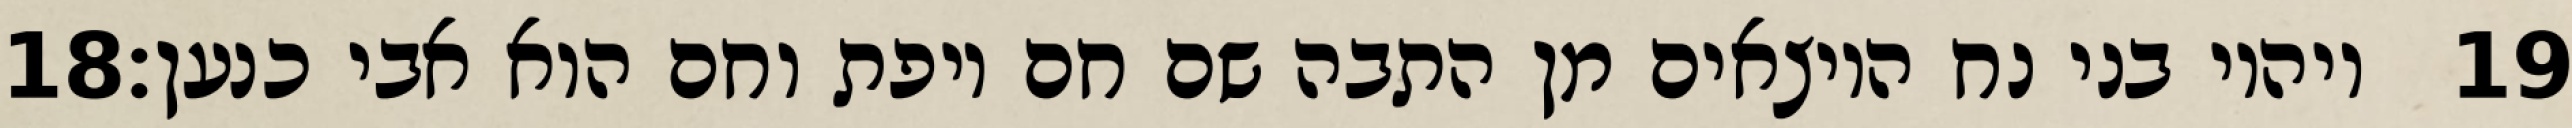
‎18‏ ויהיו בני נח היוצאים מן התבה שם חם ויפת וחם הוא אבי כנען׃ ‎19‏